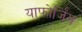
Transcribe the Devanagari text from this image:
याफोर्जिंग